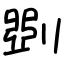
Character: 㓸